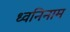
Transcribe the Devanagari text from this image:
ध्वनिनाम